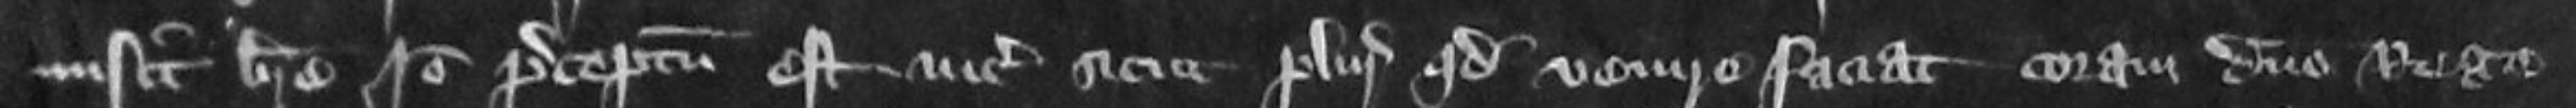
misit breve Ideo preceptum est vicecomiti sicut pluries quod venire faciat coram domino Rege